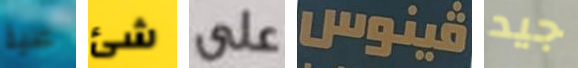
علية شئ على فينوس جيد